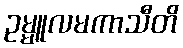
ဥမ္မူလမကာသီတိ